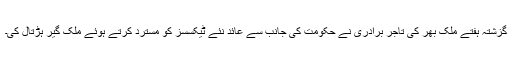
گزشتہ ہفتے ملک بھر کی تاجر برادری نے حکومت کی جانب سے عائد نئے ٹیکسسز کو مسترد کرتے ہوئے ملک گیر ہڑتال کی۔